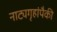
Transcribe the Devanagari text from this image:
नाट्यगृहांपैकी